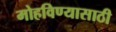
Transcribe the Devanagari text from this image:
मोहविण्यासाठी